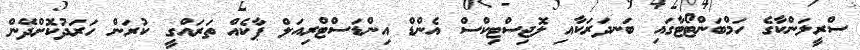
ސްރީލަންކާގެ ހަމްބަންޓޯޓާގައި ބަނދަރަކާއި ލޮޖިސްޓިކްސް އެންޑް އިންޑަސްޓްރިއަލް ޕާކެއް ތަރައްގީ ކުރަން ހަރަދުކޮށްދޭން